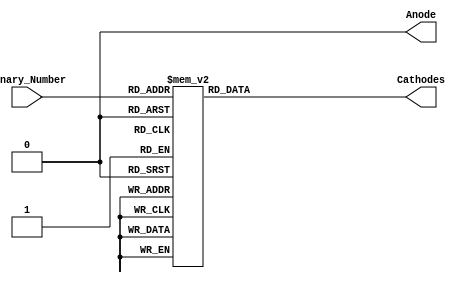
module Problem1(
    input [3:0] Binary_Number,
    output reg [6:0] Cathodes,
    output reg Anode
    );
    always @ ( Binary_Number)
    begin
        Anode = 0;
        case(Binary_Number)
            4'b0000: begin			
                 Cathodes[0] = 0;
                 Cathodes[1] = 0;
                 Cathodes[2] = 0;
                 Cathodes[3] = 0;
                 Cathodes[4] = 0;
                 Cathodes[5] = 0; 
                 Cathodes[6] = 1;
                 end
        4'b0001: begin				
                 Cathodes[0] = 1;
                 Cathodes[1] = 0;
                 Cathodes[2] = 0;
                 Cathodes[3] = 1;
                 Cathodes[4] = 1;
                 Cathodes[5] = 1;
                 Cathodes[6] = 1;
                 end
        4'b0010: begin				
                 Cathodes[0] = 0;
                 Cathodes[1] = 0;
                 Cathodes[2] = 1;
                 Cathodes[3] = 0;
                 Cathodes[4] = 0;
                 Cathodes[5] = 1;
                 Cathodes[6] = 0;
                 end
        4'b0011: begin				
                 Cathodes[0] = 0;
                 Cathodes[1] = 0;
                 Cathodes[2] = 0;
                 Cathodes[3] = 0;
                 Cathodes[4] = 1;
                 Cathodes[5] = 1;
                 Cathodes[6] = 0;
                 end
        4'b0100: begin			
                 Cathodes[0] = 1;
                 Cathodes[1] = 0;
                 Cathodes[2] = 0;
                 Cathodes[3] = 1;
                 Cathodes[4] = 1;
                 Cathodes[5] = 0;
                 Cathodes[6] = 0;
                 end
        4'b0101: begin				
                 Cathodes[0] = 0;
                 Cathodes[1] = 1;
                 Cathodes[2] = 0;
                 Cathodes[3] = 0;
                 Cathodes[4] = 1;
                 Cathodes[5] = 0;
                 Cathodes[6] = 0;
                 end
        4'b0110: begin				
                 Cathodes[0] = 0;
                 Cathodes[1] = 1;
                 Cathodes[2] = 0;
                 Cathodes[3] = 0;
                 Cathodes[4] = 0;
                 Cathodes[5] = 0;
                 Cathodes[6] = 0;
                 end
        4'b0111: begin				
                 Cathodes[0] = 0;
                 Cathodes[1] = 0;
                 Cathodes[2] = 0;
                 Cathodes[3] = 1;
                 Cathodes[4] = 1;
                 Cathodes[5] = 1;
                 Cathodes[6] = 1;
                 end
        4'b1000: begin				
                 Cathodes[0] = 0;
                 Cathodes[1] = 0;
                 Cathodes[2] = 0;
                 Cathodes[3] = 0;
                 Cathodes[4] = 0;
                 Cathodes[5] = 0;
                 Cathodes[6] = 0;
                 end
        4'b1001: begin				
                 Cathodes[0] = 0;
                 Cathodes[1] = 0;
                 Cathodes[2] = 0;
                 Cathodes[3] = 0;
                 Cathodes[4] = 1;
                 Cathodes[5] = 0;
                 Cathodes[6] = 0;
                 end
        4'b1010: begin				
                 Cathodes[0] = 0;
                 Cathodes[1] = 0;
                 Cathodes[2] = 0;
                 Cathodes[3] = 1;
                 Cathodes[4] = 0;
                 Cathodes[5] = 0;
                 Cathodes[6] = 0;
                 end
        4'b1011: begin				
                 Cathodes[0] = 1;
                 Cathodes[1] = 1;
                 Cathodes[2] = 0;
                 Cathodes[3] = 0;
                 Cathodes[4] = 0;
                 Cathodes[5] = 0;
                 Cathodes[6] = 0;
                 end
        4'b1100: begin				
                 Cathodes[0] = 1;
                 Cathodes[1] = 1;
                 Cathodes[2] = 1;
                 Cathodes[3] = 0;
                 Cathodes[4] = 0;
                 Cathodes[5] = 1;
                 Cathodes[6] = 0;
                 end
        4'b1101: begin				
                 Cathodes[0] = 1;
                 Cathodes[1] = 0;
                 Cathodes[2] = 0;
                 Cathodes[3] = 0;
                 Cathodes[4] = 0;
                 Cathodes[5] = 1;
                 Cathodes[6] = 0;
                 end
        4'b1110: begin				
                 Cathodes[0] = 0;
                 Cathodes[1] = 1;
                 Cathodes[2] = 1;
                 Cathodes[3] = 0;
                 Cathodes[4] = 0;
                 Cathodes[5] = 0;
                 Cathodes[6] = 0;
                 end
        4'b1111: begin				
                 Cathodes[0] = 0;
                 Cathodes[1] = 1;
                 Cathodes[2] = 1;
                 Cathodes[3] = 1;
                 Cathodes[4] = 0;
                 Cathodes[5] = 0;
                 Cathodes[6] = 0;
                 end
            endcase
    end
endmodule